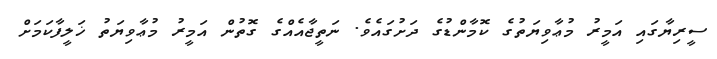
ސީރިޔާގައި އަމީރު މުޢާވިޔަތުގެ ކޮމާންޑުގެ ދަށުގައެވެ. ނަތީޖާއެއްގެ ގޮތުން އަމީރު މުޢާވިޔަތު ޚަލީފާކަމަށް